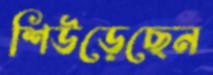
শিউড়েছেন